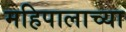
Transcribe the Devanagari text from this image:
महिपालाच्या